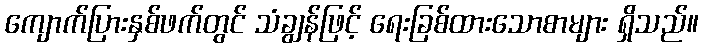
ကျောက်ပြားနှစ်ဖက်တွင် သံချွန်ဖြင့် ရေးခြစ်ထားသောစာများ ရှိသည်။